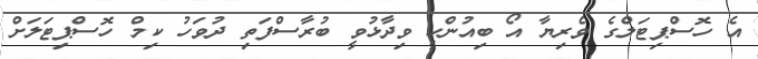
އެ ހޮސްޕިޓަލްގެ ވެރިޔާ އޯ ބިއުންހީ ވިދާޅުވީ ބުރާސްފަތި ދުވަހު ކިމް ހޮސްޕިޓަލަށް